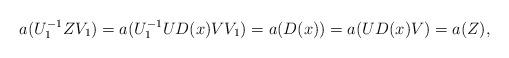
LaTeX: \begin{align*}a(U_1^{-1} Z V_1) = a(U_1^{-1}U D(x) V V_1) = a(D(x)) = a(U D(x) V) = a(Z),\end{align*}